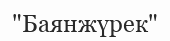
"Баянжүрек"